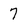
Character: 7